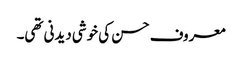
معروف حسن کی خوشی دیدنی تھی۔